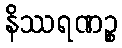
နိဿရဏဉ္စ